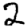
Digit: 2